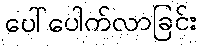
ပေါ်ပေါက်လာခြင်း